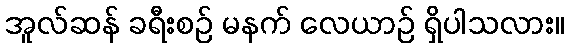
အူလ်ဆန် ခရီးစဉ် မနက် လေယာဉ် ရှိပါသလား။